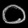
Digit: ၀